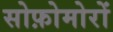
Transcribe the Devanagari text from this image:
सोफ़ोमोरों